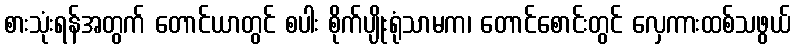
စားသုံးရန်အတွက် တောင်ယာတွင် စပါး စိုက်ပျိုးရုံသာမက၊ တောင်စောင်းတွင် လှေကားထစ်သဖွယ်